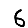
Digit: 6